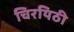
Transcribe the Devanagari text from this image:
चिरयिठी